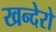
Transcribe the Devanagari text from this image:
खन्देरो